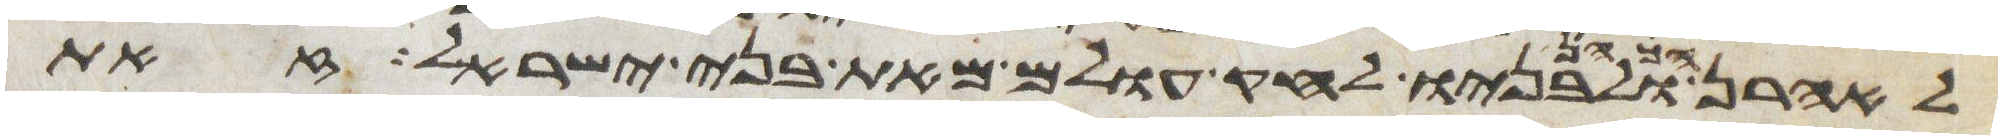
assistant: לאהרן ולבניו לחק עולם מאת בני ישראל